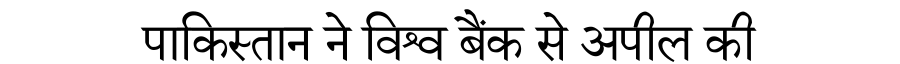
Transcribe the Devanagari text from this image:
पाकिस्तान ने विश्व बैंक से अपील की